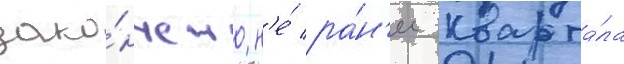
зако́нчено н'е́ ра́н'ее кварта́ла